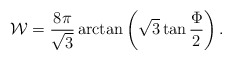
\begin{align*}{\mathcal W}=\frac{8\pi}{\sqrt3}\arctan\left(\sqrt 3\tan\frac\Phi2\right).\end{align*}